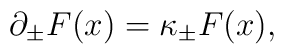
\partial _{\pm }F(x)=\kappa _{\pm }F(x),